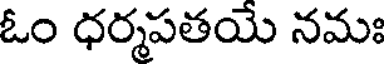
ఓం ధర్మపతయే నమః